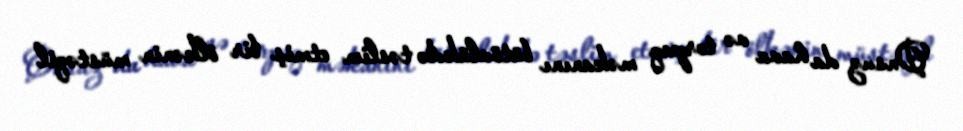
Onsuz da hava və torpaq məkanını bütövlükdə təslim etmiş bir ölkənin müstəqil